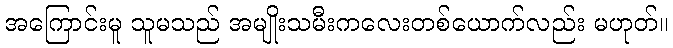
အကြောင်းမူ သူမသည် အမျိုးသမီးကလေးတစ်ယောက်လည်း မဟုတ်။